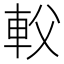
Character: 𨊽